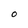
Character: o